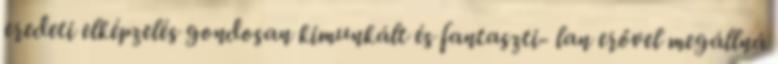
eredeti elképzelés gondosan kimunkált és fantaszti- lan erővel megállná